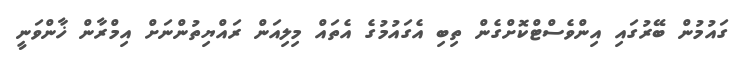
ގައުމުން ބޭރުގައި އިންވެސްޓްކޮށްގެންް ތިބި އެގައުމުގެ އެތައް މިލިއަން ރައްޔިތުންނަށް އިމްރާން ޚާންވަނީ